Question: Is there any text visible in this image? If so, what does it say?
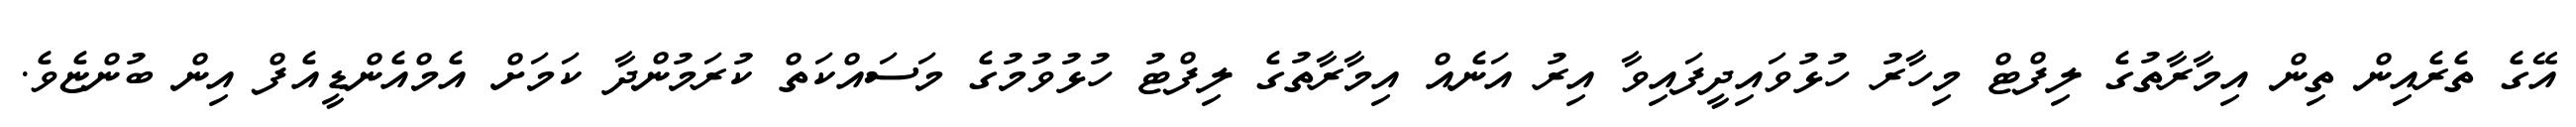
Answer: އޭގެ ތެރެއިން ތިން އިމާރާތުގެ ލިފްޓް މިހާރު ހުޅުވައިދީފައިވާ އިރު އަނެއް އިމާރާތުގެ ލިފްޓު ހުޅުވުމުގެ މަސައްކަތް ކުރަމުންދާ ކަމަށް އެމްއެންޑީއެފް އިން ބުންޏެވެ.